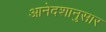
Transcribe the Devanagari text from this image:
आनेदशानुसार